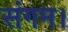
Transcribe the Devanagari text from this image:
संगम।